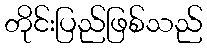
တိုင်းပြည်ဖြစ်သည်